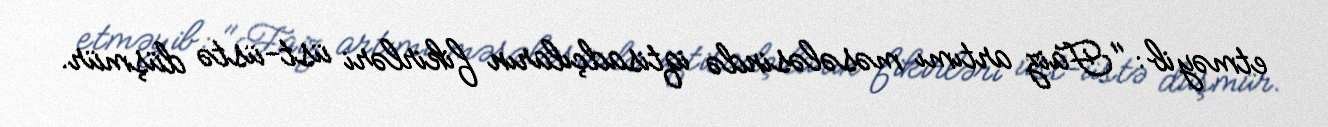
etməyib: "Faiz artımı məsələsində iqtisadçıların fikirləri üst-üstə düşmür.